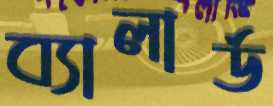
ব্যালার্ড